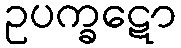
ဥပက္ခဋော